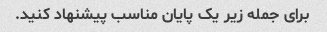
برای جمله زیر یک پایان مناسب پیشنهاد کنید.